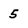
Character: 5